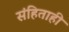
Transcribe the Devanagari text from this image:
संहिताही